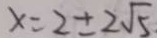
x = 2 \pm 2 \sqrt { 5 }